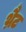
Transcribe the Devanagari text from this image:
थ्रैट